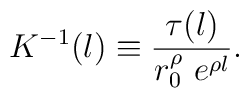
K^{-1}(l)  \equiv  \frac{\tau(l)}{r_0^{\rho} ~ e^{\rho l}}.